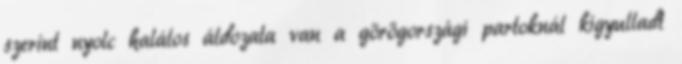
szerint nyolc halálos áldozata van a görögországi partoknál kigyulladt